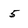
Character: 5